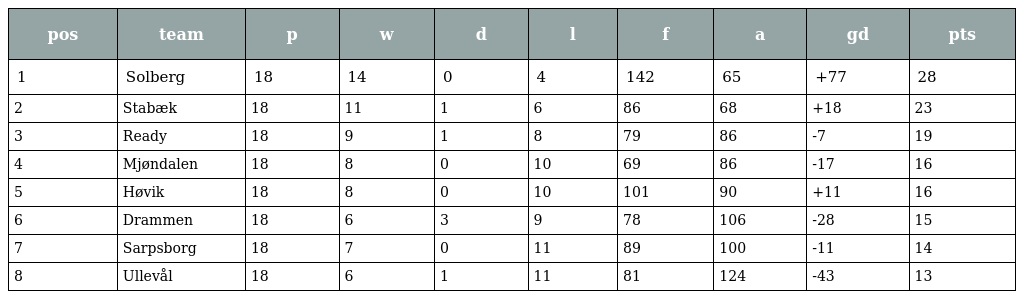
| pos | team | p | w | d | l | f | a | gd | pts |
 | --- | --- | --- | --- | --- | --- | --- | --- | --- | --- |
 | 1 | Solberg | 18 | 14 | 0 | 4 | 142 | 65 | +77 | 28 |
 | 2 | Stabæk | 18 | 11 | 1 | 6 | 86 | 68 | +18 | 23 |
 | 3 | Ready | 18 | 9 | 1 | 8 | 79 | 86 | -7 | 19 |
 | 4 | Mjøndalen | 18 | 8 | 0 | 10 | 69 | 86 | -17 | 16 |
 | 5 | Høvik | 18 | 8 | 0 | 10 | 101 | 90 | +11 | 16 |
 | 6 | Drammen | 18 | 6 | 3 | 9 | 78 | 106 | -28 | 15 |
 | 7 | Sarpsborg | 18 | 7 | 0 | 11 | 89 | 100 | -11 | 14 |
 | 8 | Ullevål | 18 | 6 | 1 | 11 | 81 | 124 | -43 | 13 |